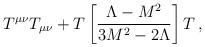
LaTeX: \begin{align*} T^{\mu\nu} T_{\mu\nu} + T \left[ \frac{\Lambda - M^2}{ 3 M^2 - 2 \Lambda} \right] T\,,\end{align*}